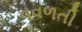
વવળતી